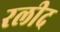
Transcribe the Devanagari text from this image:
रलीद